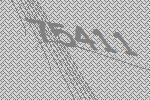
75411